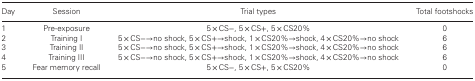
| Day | Session | Trial types | Total footshocks |
 | --- | --- | --- | --- |
 | 1 | Pre-exposure | 5 × CS−, 5 × CS+, 5 × CS20% | 0 |
 | 2 | Training I | 5 × CS−→no shock, 5 × CS+→shock, 1 × CS20%→shock, 4 × CS20%→no shock | 6 |
 | 3 | Training II | 5 × CS−→no shock, 5 × CS+→shock, 1 × CS20%→shock, 4 × CS20%→no shock | 6 |
 | 4 | Training III | 5 × CS−→no shock, 5 × CS+→shock, 1 × CS20%→shock, 4 × CS20%→no shock | 6 |
 | 5 | Fear memory recall | 5 × CS−, 5 × CS+, 5 × CS20% | 0 |